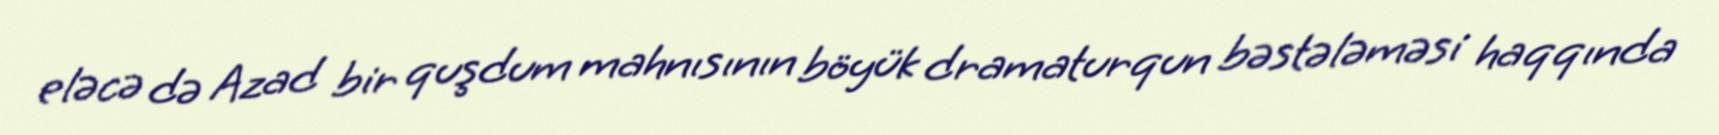
eləcə də Azad bir quşdum mahnısının böyük dramaturqun bəstələməsi haqqında